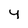
Character: 4